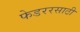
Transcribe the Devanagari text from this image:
फेडररसाठी